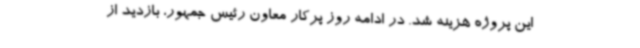
این پروژه هزینه شد. در ادامه روز پرکار معاون رئیس جمهور، بازدید از